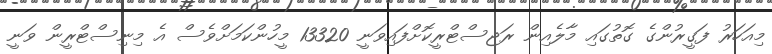
މިއަހަރު ފަގީރުންގެ ގޮތުގައި މާލެއިން ރަޖިސްޓްރީކޮށްފައިވަނީ 13320 މީހުންކަމަށްވެސް އެ މިނިސްޓްރީން ވަނީ